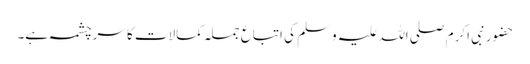
حضور نبی اکرم صلی اللہ علیہ وسلم کی اتباع جملہ کمالات کا سرچشمہ ہے۔